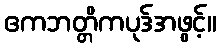
ဧကဘတ္တိကပုဒ်အဖွင့်။